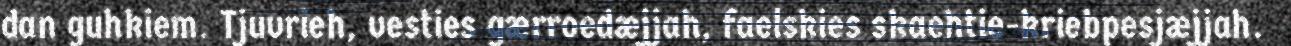
dan guhkiem. Tjuvrieh, vesties gærroedæjjah, faelskies skaehtie-kriebpesjæjjah.